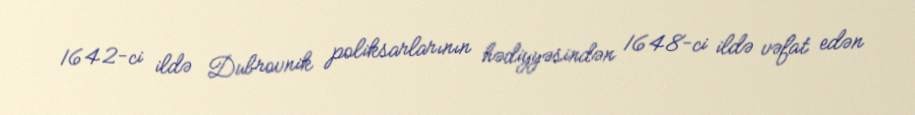
1642-ci ildə Dubrovnik poliksarlarının hədiyyəsindən 1648-ci ildə vəfat edən